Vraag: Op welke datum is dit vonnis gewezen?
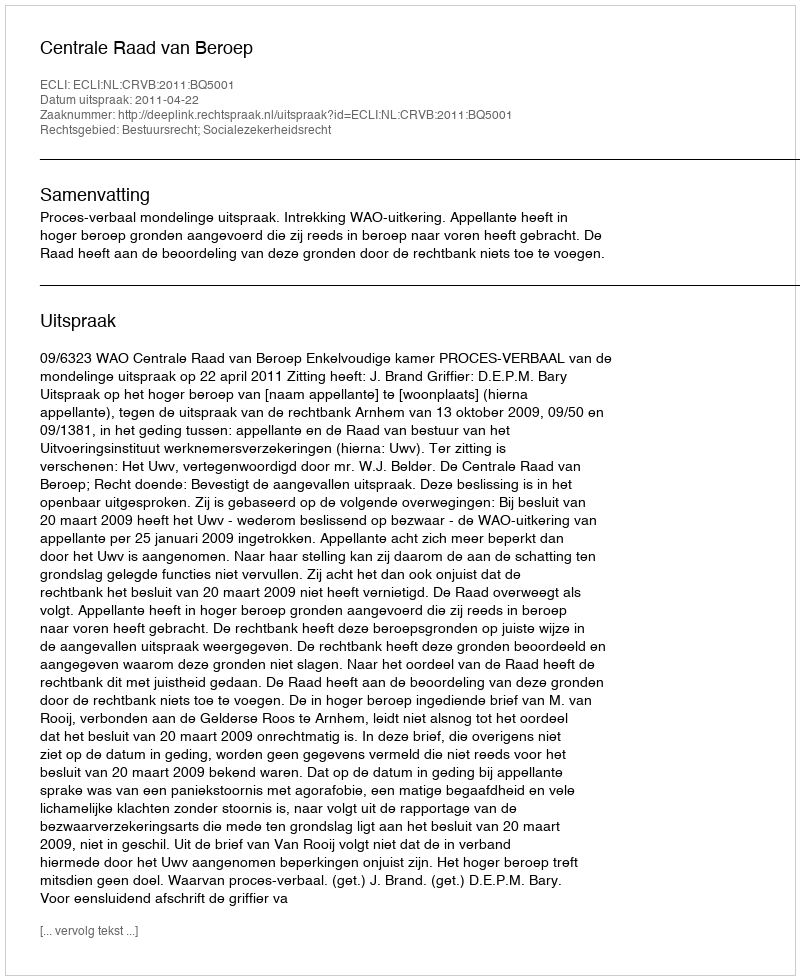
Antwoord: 2011-04-22